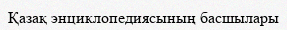
Қазақ энциклопедиясының басшылары